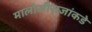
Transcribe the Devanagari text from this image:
मालोजीराजांकडे